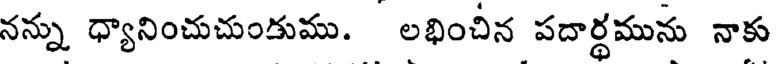
నన్ను ధ్యానించుచుండుము. లభించిన పదార్థమును నాకు